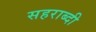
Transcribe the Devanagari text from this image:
सहराब्दी